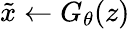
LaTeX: \tilde{x}\leftarrow G_{\theta}(z)